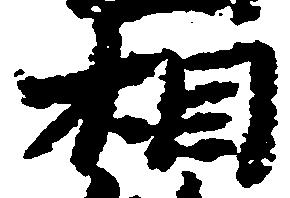
相